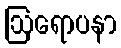
ဩရောပနာ